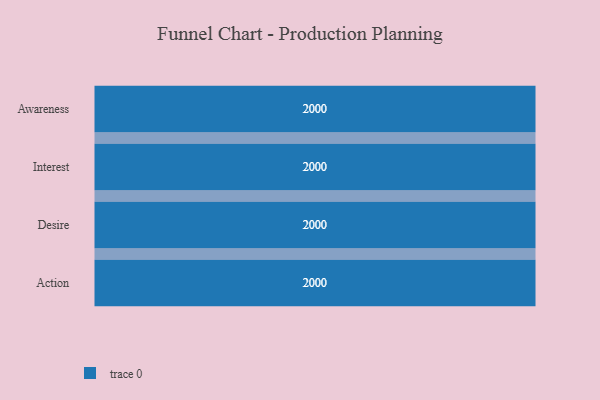
{"axis": {"x": "Stage", "y": "Value"}, "legend": [""], "data": [{"x": "Awareness", "y": 2000, "type": ""}, {"x": "Interest", "y": 2000, "type": ""}, {"x": "Desire", "y": 2000, "type": ""}, {"x": "Action", "y": 2000, "type": ""}]}